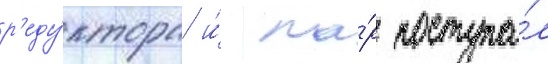
р'еду́ктора и́ па́р поступа́л